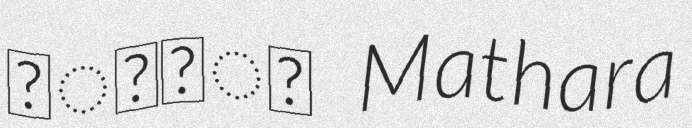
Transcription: කොටුව Mathara